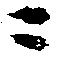
ニ